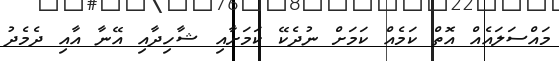
މައްސަލައެއް އޮތް ކަމެއް ކަމަށް ނުދެކޭ ކަމަށާއި ޝާހިދާއި އޭނާ އާއި ދެމެދު